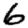
Digit: 6